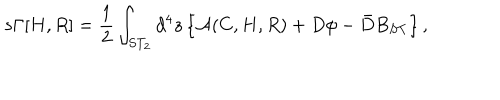
s \Gamma [ H , R ] = \frac { 1 } { 2 } \int _ { S T _ { 2 } } d ^ { 4 } z \left\{ { \cal A } ( C , H , R ) + D \phi - \bar { D } B _ { S T } \right\} ,